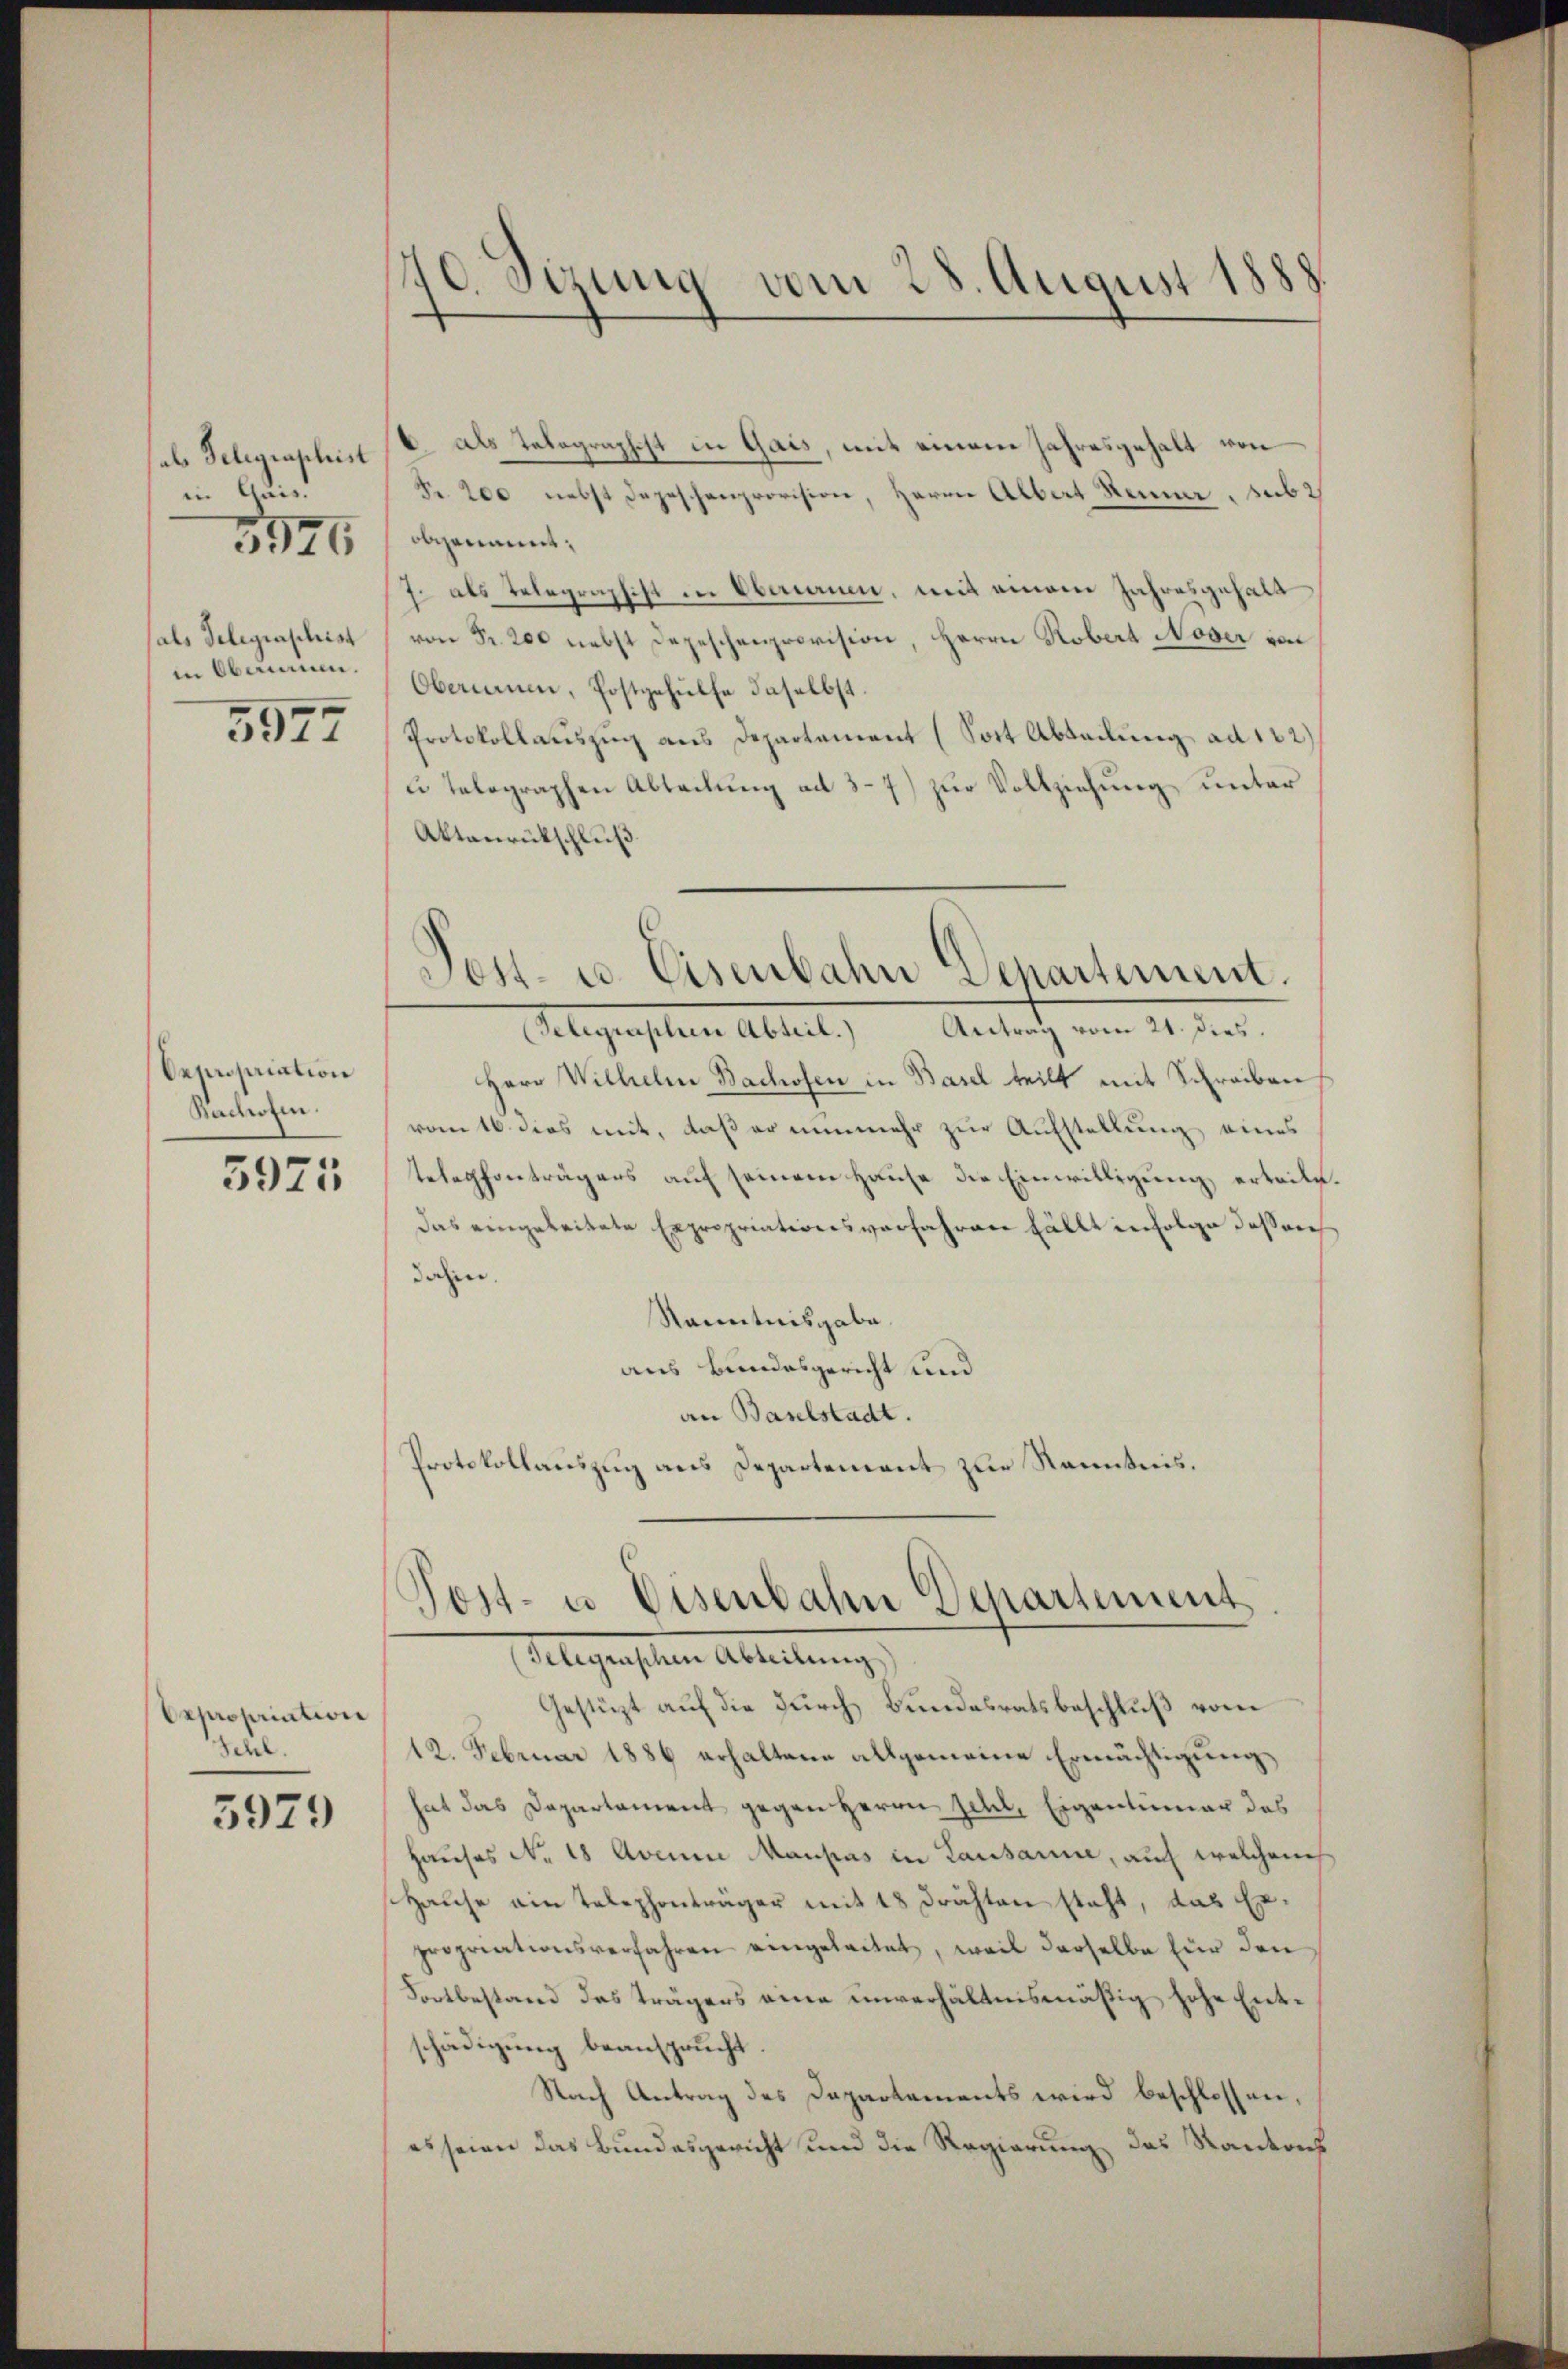
als Delegraphist
in Gais.
als Telegenschrist
in Oberinnen.

5926

5977

Demisaiation
Bachofen.

5975

Orpropriation
Schl.

5979

70. Sizung vom 28. August 1888.

6 als Telegraphist in Gais, mit einem Jahresgehalt von
Fr. 200 nebst Depeschenprovision, Herrn Albat Renn, sub 2
obgenannt,
J. als Telegraphist in Oberauen, mit einem Jahresgefall
von Fr. 200 nebst Depeschenprovision, Herrn Robert Noser von
Obernium, Postgehülfe daselbst.
Protokollauszug aus Departement (Sott Abteilung ad 122)
zur Vollziehung unter
u telegraphen Abteilung al
Aktanrückschluß
(Gelegraphen Abteil.) Antrag vom 21. Dies
Herr Wilhelm Bachofen in Basel teilt mit Schreiben
vom 16. dies mit, daß er nunmehr zur Aufstellung eines
telephonträgers auf seinem Hause die Einwilligung erteile.
Das eingeleitete Expropriationsverfahren fällt infolge daß rech
dahin.
Ranntnisgabe.
aus Bundesgericht und
an Baselstadt.
Protokollauszug aus Departement zur Ranntnis.

Post- u. Eisenbahn Departement.

Post- u. Eisenbahn Departement
Flegenschen Abteilung

Gestüzt auf die durch Bundesratsbeschluß vom
12. Februar 1886 erhaltene allgemeine Ermächtigung,
hat das Departament gegen Herrn Fehl, Eigentümer das
Hauses No. 18 Avenue Maupas in Lausanne, auch welchem
Halse ein Telephonträger mit 18 drähten steht, das Erpropriationsverfahren eingeleitet, weil derselbe für den
Fortbestand des Trägers eine unverhältnismäßig hohe Entschädigung beansprucht.
Nach Antrag des Dapartements wird beschlossen,
es seien das Bundesgericht und die Regierung des Kantons